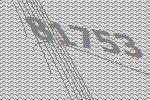
81753